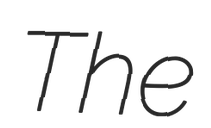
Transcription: The